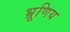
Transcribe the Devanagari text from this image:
भ्रूणिय